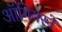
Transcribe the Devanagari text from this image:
ऑगियरने